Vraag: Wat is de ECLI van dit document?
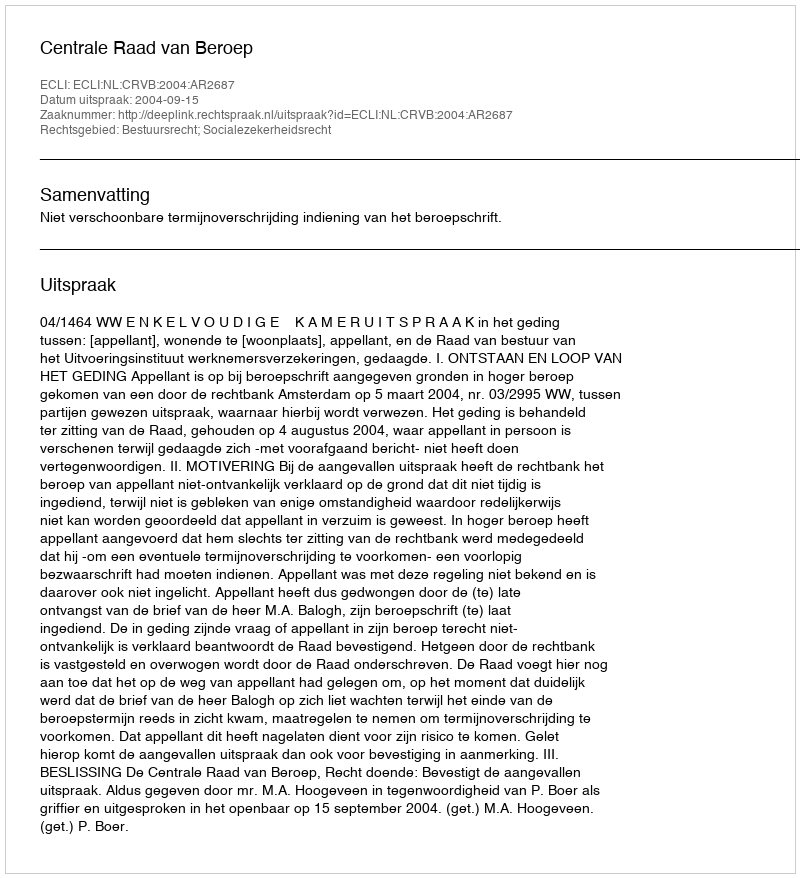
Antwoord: ECLI:NL:CRVB:2004:AR2687